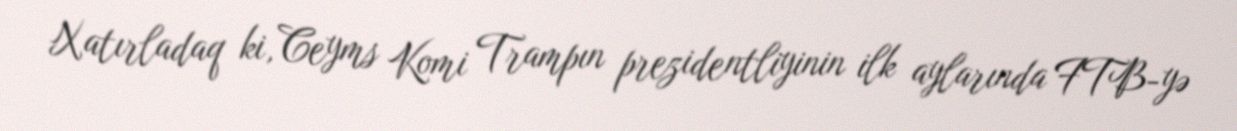
Xatırladaq ki, Ceyms Komi Trampın prezidentliyinin ilk aylarında FTB-yə